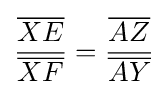
{\frac {\overline {XE}}{\overline {XF}}}={\frac {\overline {AZ}}{\overline {AY}}}